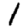
Digit: 1